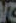
/